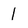
Character: 1